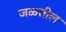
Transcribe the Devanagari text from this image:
जळतील